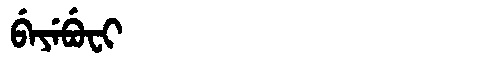
Manchu: ᠪᡝᠶᡝᠪᡠᠸᡳ
Romanization: BEYEBUFI